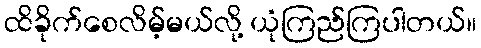
ထိခိုက်စေလိမ့်မယ်လို့ ယုံကြည်ကြပါတယ်။